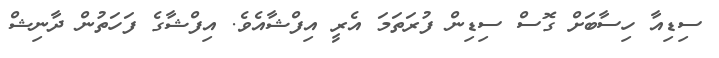
ސިޑިއާ ހިސާބަށް ގޮސް ސިޑިން ފުރަތަމަ އެރީ އިފްޝާއެވެ. އިފްޝާގެ ފަހަތުން ދާނިޝް